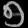
Digit: ၅